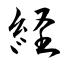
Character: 経